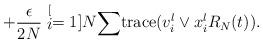
LaTeX: \begin{align*}+\frac{\epsilon}{2N}\stackrel[i=1]{N}{\sum}\mathrm{trace}(v_{i}^{l}\vee x_{i}^{l}R_{N}(t)).\end{align*}